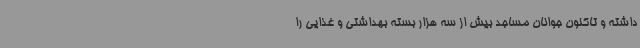
داشته و تاکنون جوانان مساجد بیش از سه هزار بسته بهداشتی و غذایی را